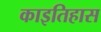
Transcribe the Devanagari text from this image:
काइतिहास